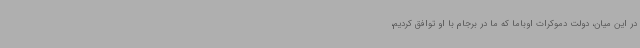
در این میان، دولت دموکرات اوباما که ما در برجام با او توافق کردیم،